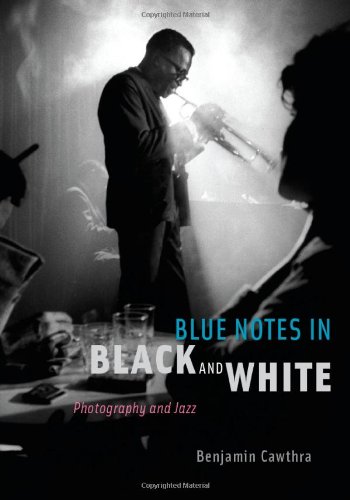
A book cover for Blue Notes in Black and White: Photography and Jazz; Benjamin Cawthra; Arts & Photography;